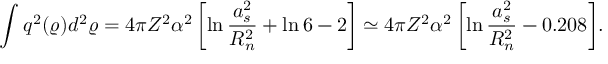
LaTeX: \displaystyle { \int _ { } ^ { } q ^ { 2 } ( \varrho ) d ^ { 2 } \varrho = 4 \pi Z ^ { 2 } \alpha ^ { 2 } \left[ \ln \frac { a _ { s } ^ { 2 } } { R _ { n } ^ { 2 } } + \ln 6 - 2 \right] \simeq 4 \pi Z ^ { 2 } \alpha ^ { 2 } \left[ \ln \frac { a _ { s } ^ { 2 } } { R _ { n } ^ { 2 } } - 0 . 2 0 8 \right] } .